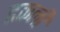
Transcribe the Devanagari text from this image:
ढकली